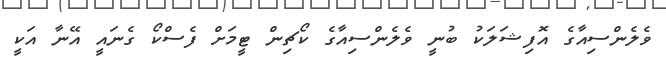
ވެލެންސިއާގެ އޮފިޝަލަކު ބުނީ ވެލެންސިއާގެ ކޯޗިން ޓީމަށް ފެސްކޯ ގެނައީ އޭނާ އަކީ